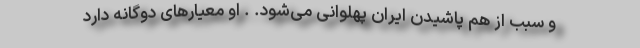
و سبب از هم پاشیدن ایرانِ پهلوانی می‌شود. . او معیارهای دوگانه دارد